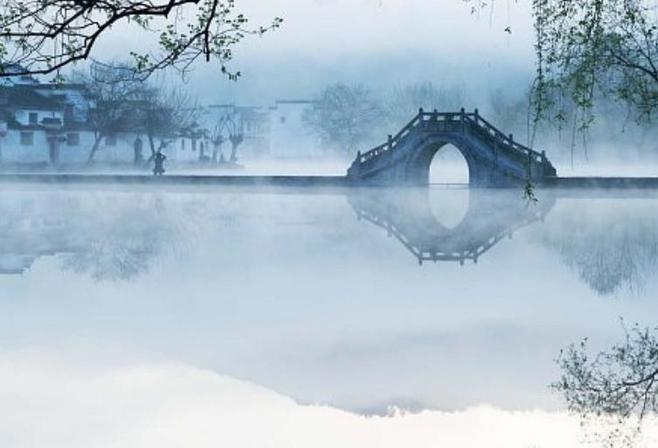
驿外断桥边，寂寞开无主。